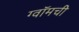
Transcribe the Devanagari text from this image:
ग्वॉमची